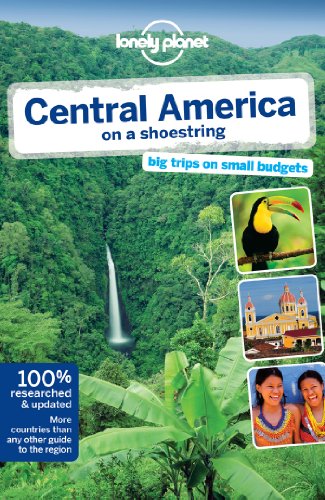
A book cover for Lonely Planet Central America on a shoestring (Travel Guide); Lonely Planet; Travel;